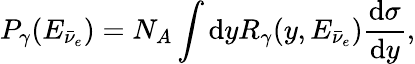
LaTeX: P_{\gamma}(E_{\bar{\nu}_{e}})=N_{A}\int\mathrm{d}yR_{\gamma}(y,E_{\bar{\nu}_{e}})\frac{\mathrm{d}\sigma}{\mathrm{d}y},